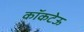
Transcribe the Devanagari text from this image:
कॉकटेऊ